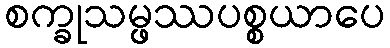
စက္ခုသမ္ဖဿပစ္စယာပေ